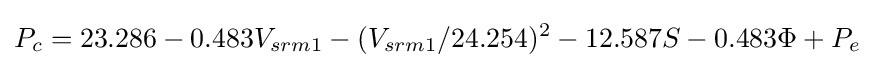
P_{c}=23.286-0.483V_{srm1}-(V_{srm1}/24.254)^{2}-12.587S-0.483\Phi +P_{e}